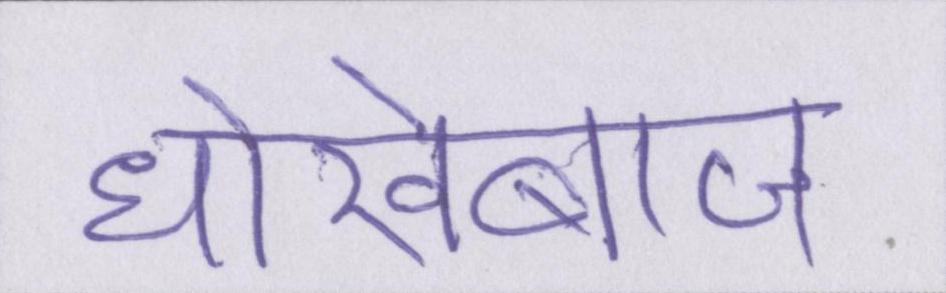
धोखेबाज